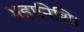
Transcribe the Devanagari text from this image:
महानिशि।